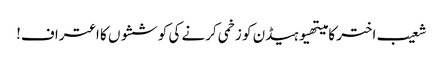
شعیب اختر کا میتھیوہیڈن کو زخمی کرنے کی کوششوں کا اعتراف!